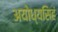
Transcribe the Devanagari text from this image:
अयोध्यसिहं